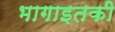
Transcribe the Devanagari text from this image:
भागाइतकी